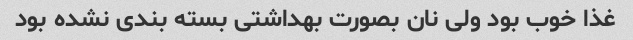
غذا خوب بود ولی نان بصورت بهداشتی بسته بندی نشده بود